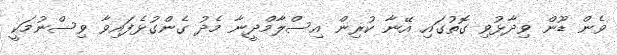
ވެން ޑޫން ވިދާޅުވި ގޮތުގައި އޭނާ ކުރިން އިސްލާމްދީނާ މެދު ގެންގުޅެފައިވާ ވިސްނުމަކީ